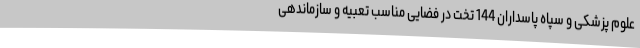
علوم پزشکی و سپاه پاسداران 144 تخت در فضایی مناسب تعبیه و سازماندهی